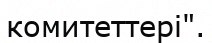
комитеттері".